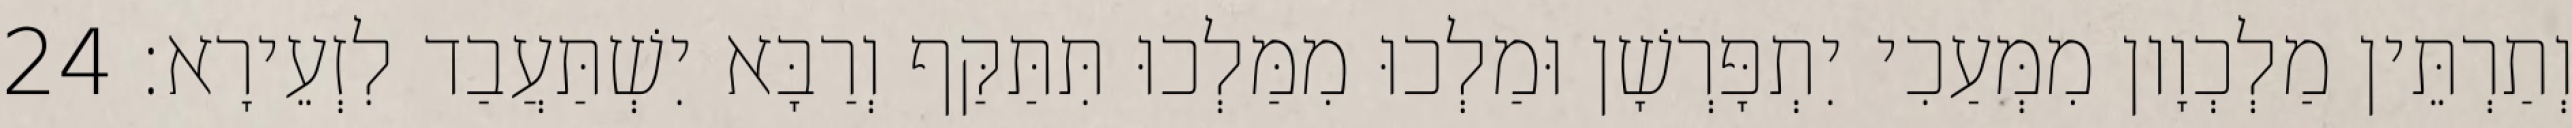
וְתַרְתֵּין מַלְכְוָון מִמְּעַכִי יִתְפָּרְשָׁן וּמַלְכוּ מִמַּלְכוּ תִּתַּקַּף וְרַבָּא יִשְׁתַּעֲבַד לִזְעֵירָא׃ 24